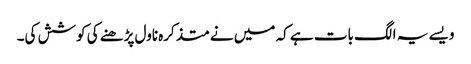
ویسے یہ الگ بات ہے کہ میں نے متذکرہ ناول پڑھنے کی کوشش کی۔